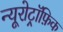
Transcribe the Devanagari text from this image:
न्यूरोट्रॉफ़िक